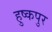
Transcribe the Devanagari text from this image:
हुष्कपुर